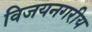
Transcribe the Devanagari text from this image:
विजयनगरीय